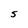
Character: S